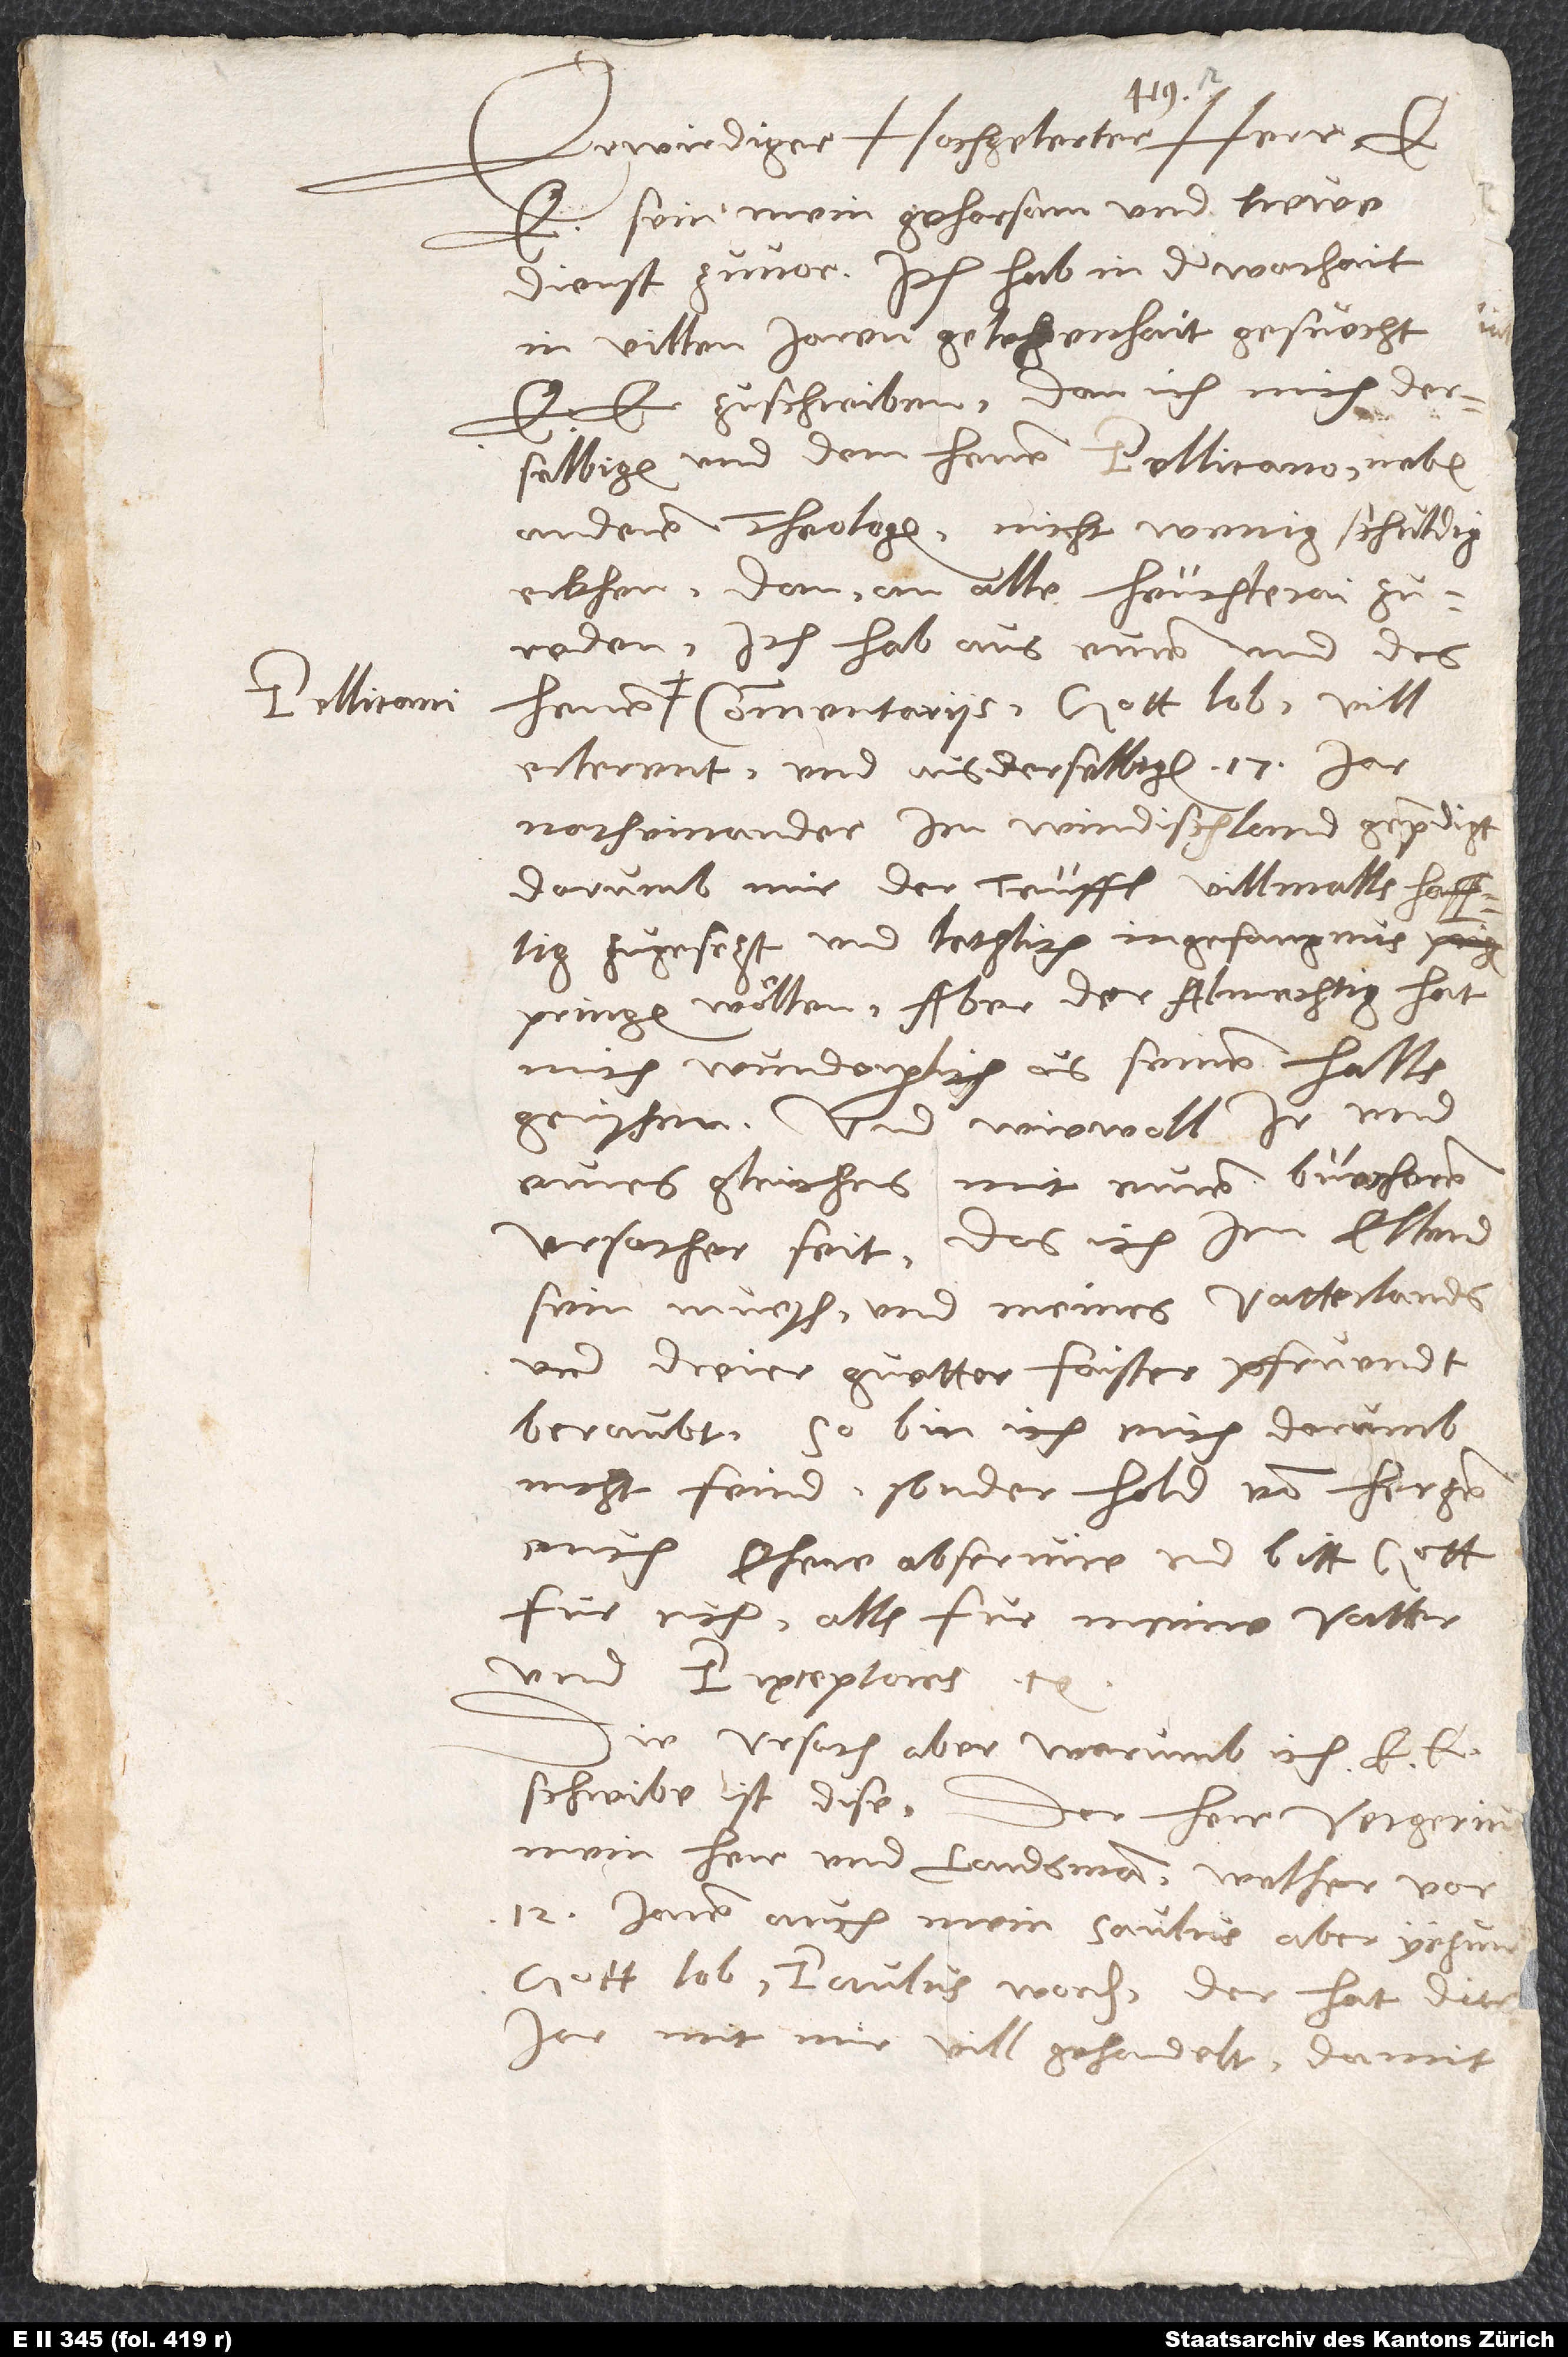
Pellicani

Erwirdiger, hochgelerter herr,
e. sein mein gehorsam und trewe
dienst zuvor. Ich hab in der warheit
in villen jaren gelegenheit gesuocht,
derselbigen und dem herren Pellicano neben
anderen theologen nicht wenig schuldig
erkhen. Dan, an alle heuchlerai zu
reden, ich hab aus euren und des
commentariis, gott lob, vill
erlerent und aus derselbigen 17. jar
noch einander in Windischland gepredigt.
Dorumb mir der teuffl villmalls hafftig
pringen wöllen. Aber der almechtig hat
gerißen. Und wiewoll ir und
eures gleiches mit euren büecheren
ursecher seit, das ich im ellend
sein mueß und meines vatterlands
und dreier guetter, faister pfruendt
beraubt, so bin ich euch darumb
nicht feind, sonder hold, von hertzen
euch ehere, observire und bitt gott
für euch alls für meine vatter
und pręceptores etc.
ursach aber, warumb ich e. e.
schreibe, ist dise:
mein herr und landsman, welher vor
12 jaren auch mein Saulus, aber yezund,
gott lob, Paulus worden, der hat dies
jar mit mir vill gehandelt, damit